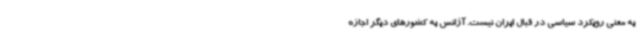
به معنی رویکرد سیاسی در قبال ایران نیست. آژانس به کشورهای دیگر اجازه